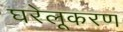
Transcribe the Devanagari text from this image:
घरेलूकरण